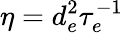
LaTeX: \eta=d_{e}^{2}\tau_{e}^{-1}